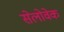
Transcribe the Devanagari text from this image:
सेलोवेक